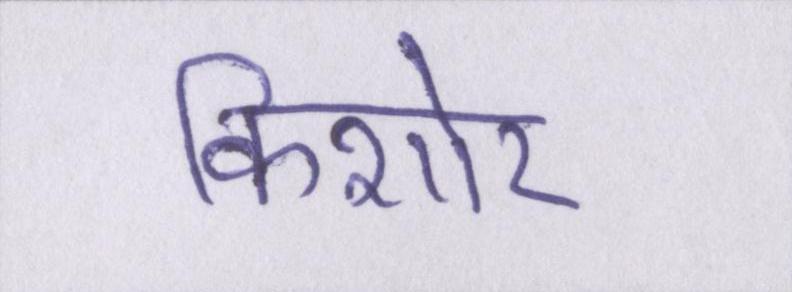
किशोर